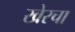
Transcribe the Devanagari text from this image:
खेरचा